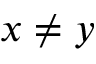
x \neq y